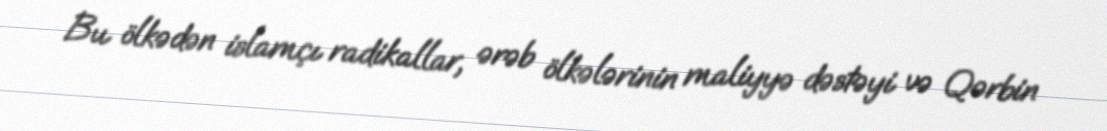
Bu ölkədən islamçı radikallar, ərəb ölkələrinin maliyyə dəstəyi və Qərbin